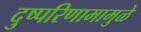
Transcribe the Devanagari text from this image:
दुष्परिणामामुळे